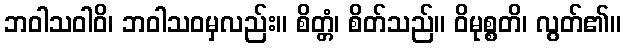
ဘဝါသဝါဝိ၊ ဘဝါသဝမှလည်း။ စိတ္တံ၊ စိတ်သည်။ ဝိမုစ္စတိ၊ လွတ်၏။